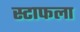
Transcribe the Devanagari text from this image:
स्टाफला